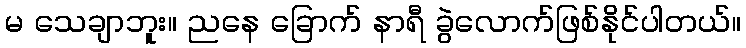
မ သေချာဘူး။ ညနေ ခြောက် နာရီ ခွဲလောက်ဖြစ်နိုင်ပါတယ်။